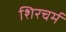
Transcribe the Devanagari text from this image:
शिरचर्म